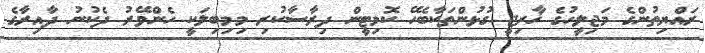
ރައްޔިތުންގެ މަޖިލީހުގެ ޚާރިޖީ ގުޅުންތަކާބެހޭ ކޮމިޓީން ދިރާސާކުރި މިމިބިލަކީ ހެންވޭރު ދެކުނު ދާއިރާގެ